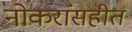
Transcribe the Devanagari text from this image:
नोकरांसहीत